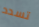
تسدد